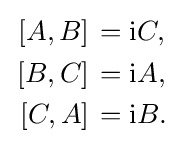
{\begin{aligned}\left.[A,B]\right.&=\mathrm {i} C,\\\left.[B,C]\right.&=\mathrm {i} A,\\\left.[C,A]\right.&=\mathrm {i} B.\end{aligned}}